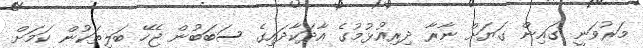
މަރުވަނީ ގައިން ގަޔަށް ނާރާ ދިރިއުޅުމުގެ އާދަކާދައިގެ ސަބަބުން ޖެހޭ ބަލިތަކުން ކަމަށް